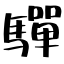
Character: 驒